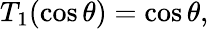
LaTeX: T_{1}(\cos\theta)=\cos\theta,